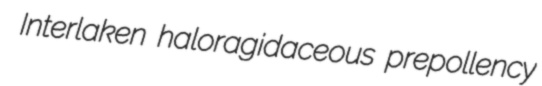
Interlaken haloragidaceous prepollency